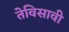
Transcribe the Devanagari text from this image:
तेविसावी